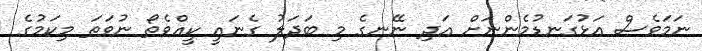
ނަމަވެސް އަޅުގަނޑުމެންނަށް އަދި ނޭނގެ މި ބަދަލު ގެނައީ ކީއްވެތޯ ނުވަތަ މިކަމުގެ